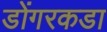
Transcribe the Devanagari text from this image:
डोंगरकडा